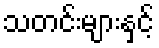
သတင်းများနှင့်